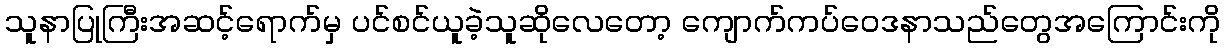
သူနာပြုကြီးအဆင့်ရောက်မှ ပင်စင်ယူခဲ့သူဆိုလေတော့ ကျောက်ကပ်ဝေဒနာသည်တွေအကြောင်းကို